Lunatic asylums Bombay report 1878-1890 - 1878-1890
Year: 1878
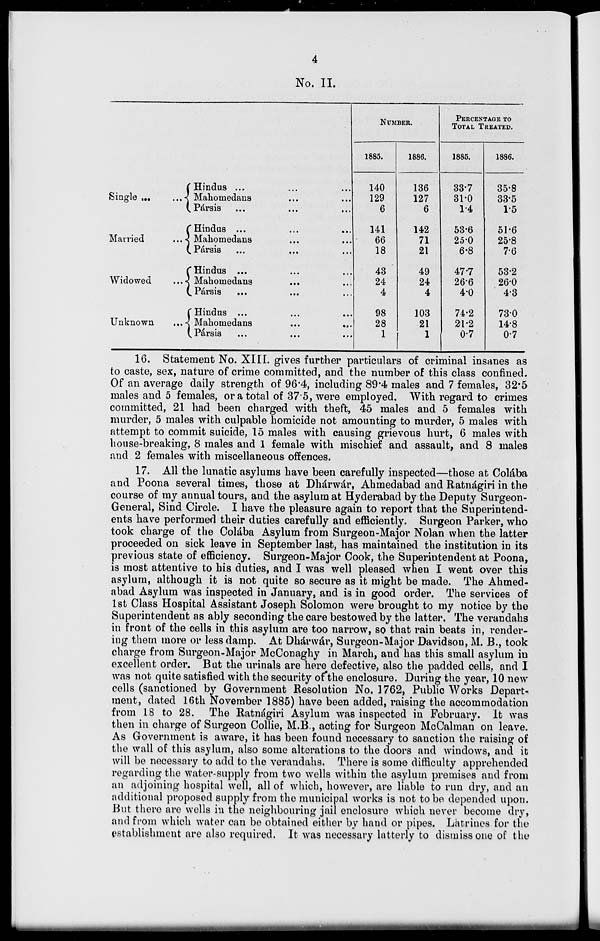
4
No. II.
Single ... ...
Married ...
Widowed ...
Unknown ...
Hindus ... ... ...
Mahomedans ... ...
Pársis
...
...
...
Hindus ... ... ...
Mahomedans ... ...
Pársis ... ... ...
Hindus ... ... ...
Mahomedans ... ...
Pársis ... ... ...
Hindus ... ... ...
Mahomedans
...
...
Pársis ... ... ...
NUMBER.
1885.
140
129
6
141
66
18
43
24
4
98
28
1
1886.
136
127
6
142
71
21
49
24
4
103
21
1
PERCENTAGE TO
TOTAL TREATED.
1885.
33.7
31.0
1.4
53.6
25.0
6.8
47.7
26.6
4.0
74.2
21.2
0.7
1886.
35.8
33.5
1.5
51.6
25.8
7.6
53.2
26.0
4.3
73.0
14.8
0.7
16. Statement No. XIII. gives further particulars of criminal insanes as
to caste, sex, nature of crime committed, and the number of this class confined.
Of an average daily strength of 96.4, including 89.4 males and 7 females, 32.5
males and 5 females, or a total of 37.5, were employed. With regard to crimes
committed, 21 had been charged with theft, 45 males and 5 females with
murder, 5 males with culpable homicide not amounting to murder, 5 males with
attempt to commit suicide, 15 males with causing grievous hurt, 6 males with
house-breaking, 8 males and 1 female with mischief and assault, and 8 males
and 2 females with miscellaneous offences.
17. All the lunatic asylums have been carefully inspected—those at Colába
and Poona several times, those at Dhárwár, Ahmedabad and Ratnágiri in the
course of my annual tours, and the asylum at Hyderabad by the Deputy Surgeon-
General, Sind Circle. I have the pleasure again to report that the Superintend-
ents have performed their duties carefully and efficiently. Surgeon Parker, who
took charge of the Colába Asylum from Surgeon-Major Nolan when the latter
proceeded on sick leave in September last, has maintained the institution in its
previous state of efficiency. Surgeon-Major Cook, the Superintendent at Poona,
is most attentive to his duties, and I was well pleased when I went over this
asylum, although it is not quite so secure as it might be made. The Ahmed-
abad Asylum was inspected in January, and is in good order. The services of
1st Class Hospital Assistant Joseph Solomon were brought to my notice by the
Superintendent as ably seconding the care bestowed by the latter. The verandahs
in front of the cells in this asylum are too narrow, so that rain beats in, render-
ing them more or less damp. At Dhárwár, Surgeon-Major Davidson, M. B., took
charge from Surgeon-Major McConaghy in March, and has this small asylum in
excellent order. But the urinals are here defective, also the padded cells, and I
was not quite satisfied with the security of the enclosure. During the year, 10 new
cells (sanctioned by Government Resolution No. 1762, Public Works Depart-
ment, dated 16th November 1885) have been added, raising the accommodation
from 18 to 28. The Ratnágiri Asylum was inspected in February. It was
then in charge of Surgeon Collie, M.B., acting for Surgeon McCalman on leave.
As Government is aware, it has been found necessary to sanction the raising of
the wall of this asylum, also some alterations to the doors and windows, and it
will be necessary to add to the verandahs. There is some difficulty apprehended
regarding the water-supply from two wells within the asylum premises and from
an adjoining hospital well, all of which, however, are liable to run dry, and an
additional proposed supply from the municipal works is not to be depended upon.
But there are wells in the neighbouring jail enclosure which never become dry,
and from which water can be obtained either by hand or pipes. Latrines for the
establishment are also required. It was necessary latterly to dismiss one of the